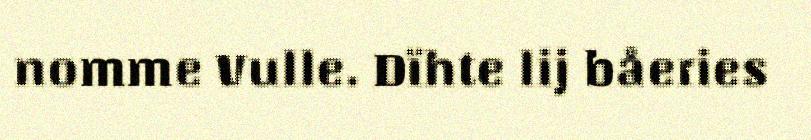
nomme Vulle. Dïhte lij båeries